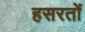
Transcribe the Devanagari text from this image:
हसरतों